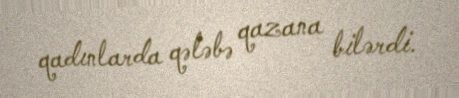
qadınlarda qələbə qazana bilərdi.